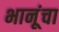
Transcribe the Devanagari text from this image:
भानूंचा